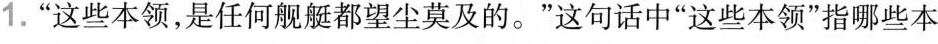
1.”这些本领，是任何舰艇都望尘莫及的。”这句话中”这些本领”指哪些本